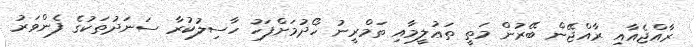
ރާއްޖެއާއި ރާއްޖޭން ބޭރުން މަތީ ތަޢުލީމާއި ތަމްރީނު ހޯދުމަށްފަހު ހާސިލުކުރާ ސަނަދުތަކުގެ ފެންވަރު